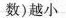
数)越小